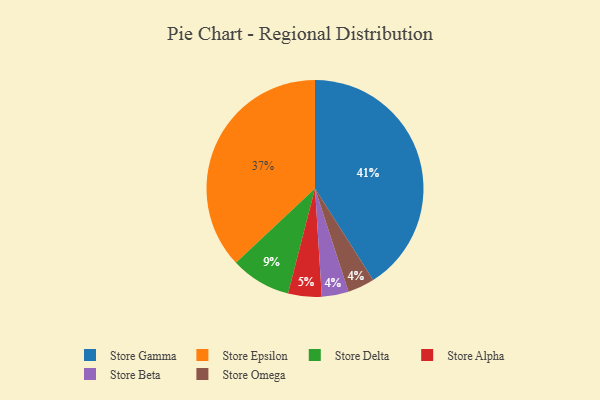
{"axis": {"x": "Category", "y": "Percentage"}, "legend": ["Store Alpha", "Store Beta", "Store Delta", "Store Epsilon", "Store Gamma", "Store Omega"], "data": [{"x": "Store Epsilon", "y": 37, "type": "Store Epsilon"}, {"x": "Store Alpha", "y": 5, "type": "Store Alpha"}, {"x": "Store Beta", "y": 4, "type": "Store Beta"}, {"x": "Store Delta", "y": 9, "type": "Store Delta"}, {"x": "Store Gamma", "y": 41, "type": "Store Gamma"}, {"x": "Store Omega", "y": 4, "type": "Store Omega"}]}